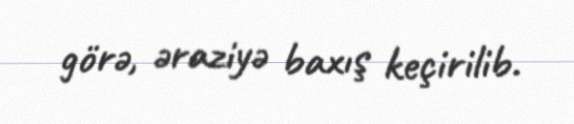
görə, əraziyə baxış keçirilib.